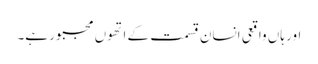
اور ہاں واقعی انسان قسمت کے اتھوں مجبور ہے۔